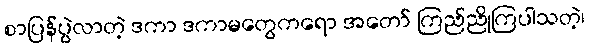
စာပြန်ပွဲလာတဲ့ ဒကာ ဒကာမတွေကရော အတော် ကြည်ညိုကြပါသတဲ့၊